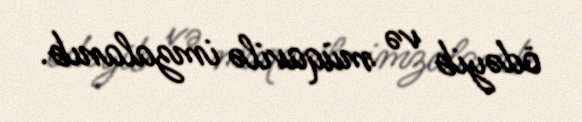
ödəyib və müqavilə imzalanıb.